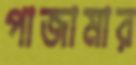
পাজামার